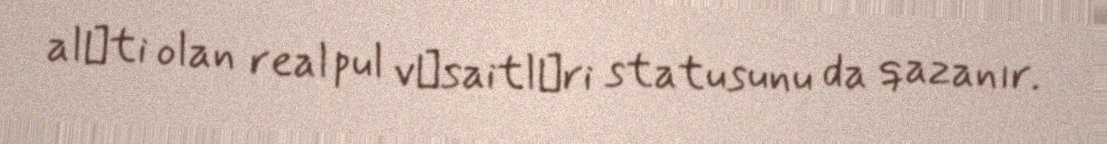
alәti olan real pul vәsaitlәri statusunu da qazanır.